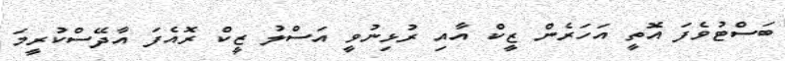
ބަސްޓުވެފަ އޮތީ އަހަރެން ޒީކް އާއި ރުޅިނުވީ އަސްލު ޒީކް ރޮއެފަ އާދޭސްކުރީމަ